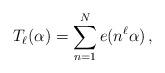
LaTeX: \begin{align*} T_{\ell}(\alpha) = \sum_{n=1}^{N} e(n^{\ell}\alpha)\, ,\end{align*}